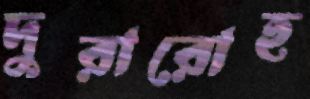
দুরারোহ